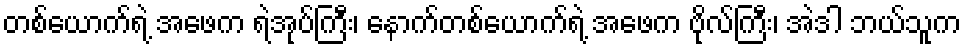
တစ်ယောက်ရဲ့ အဖေက ရဲအုပ်ကြီး၊ နောက်တစ်ယောက်ရဲ့ အဖေက ဗိုလ်ကြီး၊ အဲဒါ ဘယ်သူက